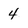
Character: 4